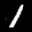
Label: 1